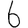
Digit: 6